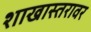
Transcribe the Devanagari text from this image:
शाखास्तरावर